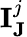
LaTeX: \mathbf{I}_{\mathbf{J}}^{j}